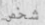
شخص